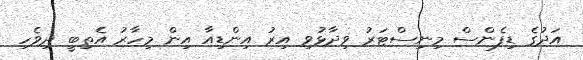
އަދުގެ ޑިފެންސް މިނިސްޓަރު ވިދާޅުވި އިރު އިންޑިއާ އިން މިހާރު އެތިބީ ދިވެހި